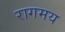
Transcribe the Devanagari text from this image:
रागमय